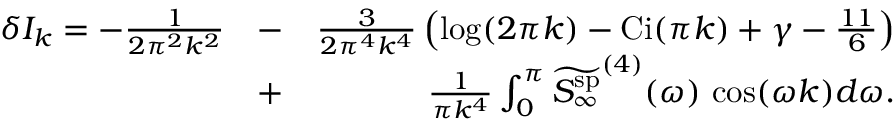
\begin{array} { r l r } { \delta I _ { k } = - \frac { 1 } { 2 \pi ^ { 2 } k ^ { 2 } } } & { - } & { \frac { 3 } { 2 \pi ^ { 4 } k ^ { 4 } } \left( \log ( 2 \pi k ) - \mathrm { C i } ( \pi k ) + \gamma - \frac { 1 1 } { 6 } \right) } \\ & { + } & { \frac { 1 } { \pi k ^ { 4 } } \int _ { 0 } ^ { \pi } \widetilde { { S _ { \infty } ^ { \mathrm { s p } } } } ^ { ( 4 ) } ( \omega ) \, \cos ( \omega k ) d \omega . } \end{array}